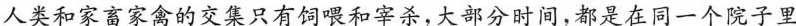
人类和家畜家禽的交集只有饲喂和宰杀，大部分时间，都是在同一个院子里